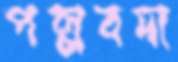
পল্লবদা